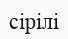
сірілі